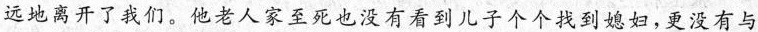
远地离开了我们。他老人家至死也没有看到儿子个个找到媳妇，更没有与